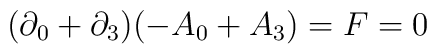
(\partial _{0}+\partial _{3})(-A_{0}+A_{3})=F=0